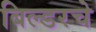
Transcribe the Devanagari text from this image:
बिल्डरचे